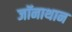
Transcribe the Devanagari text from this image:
जॉनाथान